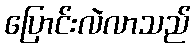
ပြောင်းလဲလာသည်